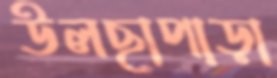
উলছাপাড়া